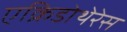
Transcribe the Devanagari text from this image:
एक्रिडोथेरेस